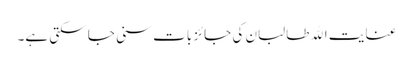
عنایت الله طالبان کی جائز بات سنی جا سکتی ہے۔